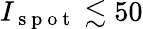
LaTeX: I_{\mathrm{~s~p~o~t~}}\lesssim 50